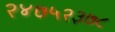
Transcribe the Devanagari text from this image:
२४७५२३७८